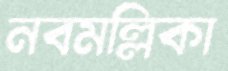
নবমল্লিকা